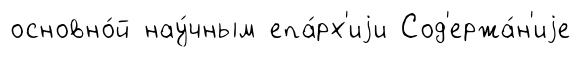
основно́й нау́чным епа́рх'иjи Сод'ержа́н'иjе